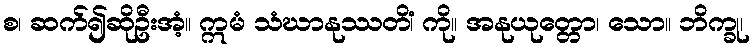
စ၊ ဆက်၍ဆိုဦးအံ့။ ဣမံ သံဃာနုဿတိံ၊ ကို။ အနုယုတ္တော၊ သော။ ဘိက္ခု၊